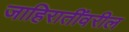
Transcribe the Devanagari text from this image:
जाहिरातींवरील